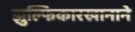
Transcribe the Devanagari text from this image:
झुल्फिकारखानाने